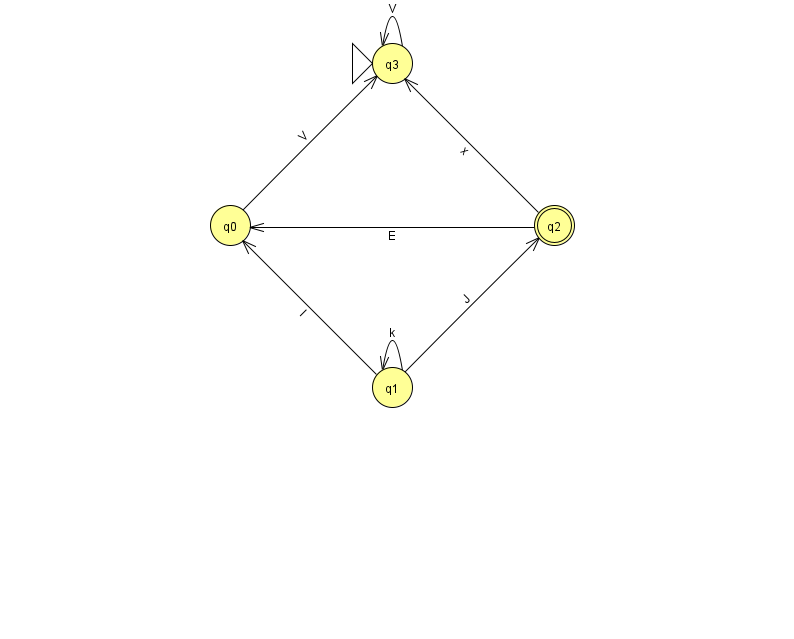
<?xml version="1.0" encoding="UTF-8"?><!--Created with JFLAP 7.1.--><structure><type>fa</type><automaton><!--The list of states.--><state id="0" name="q0"><x>230.0</x><y>212.0</y></state><state id="1" name="q1"><x>392.0</x><y>374.0</y></state><state id="2" name="q2"><x>554.0</x><y>212.0</y><final/></state><state id="3" name="q3"><x>392.0</x><y>50.0</y><initial/></state><!--The list of transitions.--><transition><from>0</from><to>3</to><read>V</read></transition><transition><from>3</from><to>3</to><read>V</read></transition><transition><from>1</from><to>0</to><read>l</read></transition><transition><from>2</from><to>3</to><read>x</read></transition><transition><from>1</from><to>1</to><read>k</read></transition><transition><from>1</from><to>2</to><read>J</read></transition><transition><from>2</from><to>0</to><read>E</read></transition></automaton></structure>